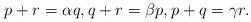
LaTeX: \begin{align*}p+r=\alpha q,q+r=\beta p,p+q=\gamma r.\end{align*}